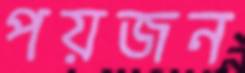
পয়জন